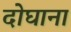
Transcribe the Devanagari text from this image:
दोघाना